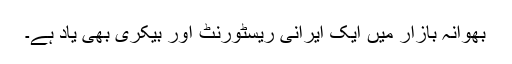
بھوانہ بازار میں ایک ایرانی ریسٹورنٹ اور بیکری بھی یاد ہے۔